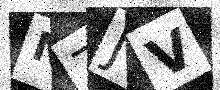
Text: NZJV